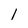
Character: l